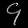
Digit: ၄